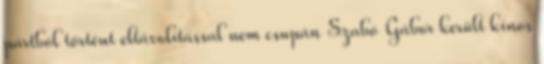
pártból történt eltávolítással nem csupán Szabó Gábor került kínos